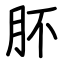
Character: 肧